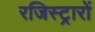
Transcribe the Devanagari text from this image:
रजिस्ट्रारों